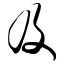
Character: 及